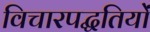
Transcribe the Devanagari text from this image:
विचारपद्धतियों